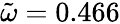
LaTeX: \tilde{\omega}=0.466